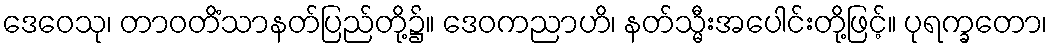
ဒေဝေသု၊ တာဝတိံသာနတ်ပြည်တို့၌။ ဒေဝကညာဟိ၊ နတ်သ္မီးအပေါင်းတို့ဖြင့်။ ပုရက္ခတော၊